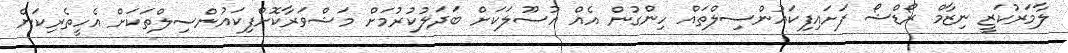
ލާމަރުކަޒީ ނިޒާމް ރޯޑްޝޯ ފަށައިފިކައުންސިލްތައް ހިންގުން އެއް އުސޫލަކަށް ބަދަލުކުރުމަށް މަޝްވަރާކޮށްފިކައުންސިލްތަކަށް އެހީތެރިކަން